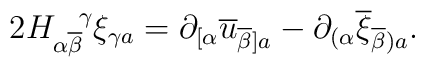
2H_{\alpha \overline{\beta}}^{\, \, \, \, \, \, \gamma}\xi_{\gamma a} =\partial_{[\alpha}\overline{u}_{\overline{\beta}]a}-\partial_{(\alpha}\overline{\xi}_{\overline{\beta})a}  .